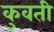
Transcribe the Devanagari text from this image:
कुवती